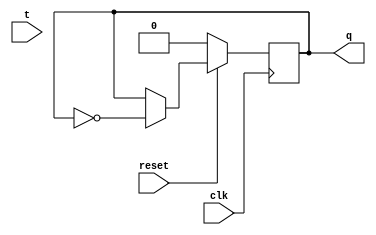
module tff (t , clk , reset , q);
input t, clk, reset ; 
output reg q;
always @ ( posedge clk)
if (~reset) begin
 q <= 1'b0;
end else if (d) begin
 q <= !q;
end
endmodule